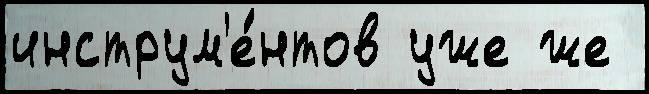
инструм'е́нтов уже же